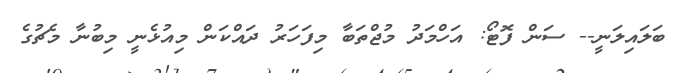
ބަލައިލަނީ-- ސަން ފޮޓޯ: އަހްމަދު މުޖްތަބާ މިފަހަރު ދައްކަން މިއުޅެނީ މިބުނާ މެޗުގެ